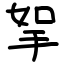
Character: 挐